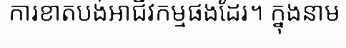
ការខាតបង់អាជីវកម្មផងដែរ។ ក្នុងនាម